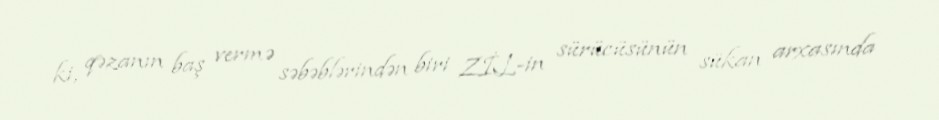
ki, qəzanın baş vermə səbəblərindən biri ZİL-in sürücüsünün sükan arxasında